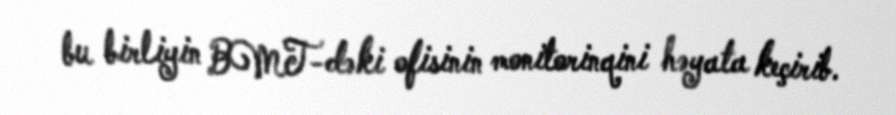
bu birliyin BMT-dəki ofisinin monitorinqini həyata keçirib.